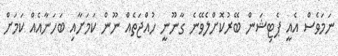
ނަމަވެސް އެއީ ޕެޓިޝަން ބޭރުކޮށްލެވޭނެ ގާނޫނީ ހުއްޖަތެއް ނޫން ކަމަށާއި ބަހަނާއެއް ކަމަށް